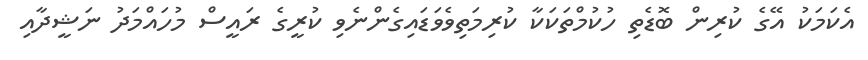
އެކަމަކު އޭގެ ކުރިން ބޮޑެތި ހުކުމްތަކަކާ ކުރިމަތިވެވަޑައިގެންނެވި ކުރީގެ ރައީސް މުހައްމަދު ނަޝީދާއި